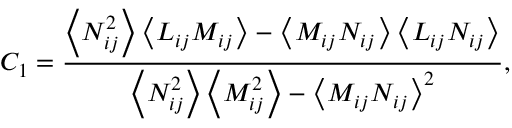
C _ { 1 } = \frac { \left\langle N _ { i j } ^ { 2 } \right\rangle \left\langle L _ { i j } M _ { i j } \right\rangle - \left\langle M _ { i j } N _ { i j } \right\rangle \left\langle L _ { i j } N _ { i j } \right\rangle } { \left\langle N _ { i j } ^ { 2 } \right\rangle \left\langle M _ { i j } ^ { 2 } \right\rangle - \left\langle M _ { i j } N _ { i j } \right\rangle ^ { 2 } } ,